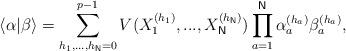
LaTeX: \begin{align*}\langle \alpha |\beta \rangle =\sum_{h_{1},...,h_{\mathsf{N}}=0}^{p-1}V(X_{1}^{(h_{1})},...,X_{\mathsf{N}}^{(h_{\mathsf{N}})})\prod_{a=1}^{\mathsf{N}}\alpha _{a}^{(h_{a})}\beta _{a}^{(h_{a})},\end{align*}